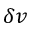
\delta v